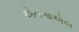
એનગાએલ